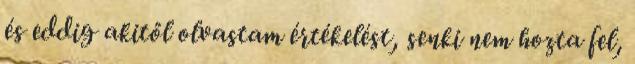
és eddig akitől olvastam értékelést, senki nem hozta fel,